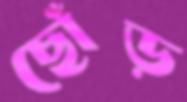
ছোঁড়